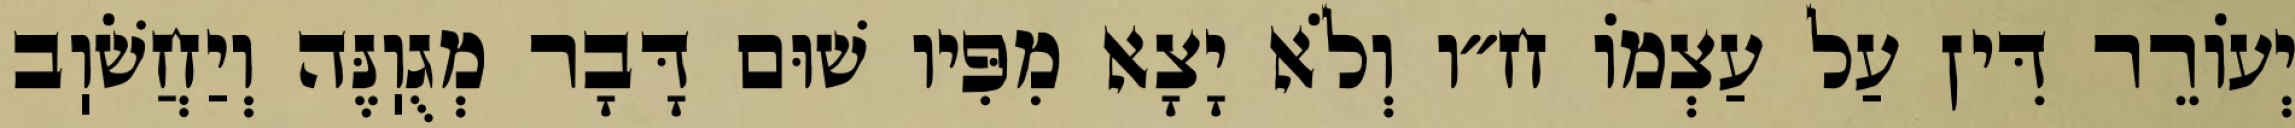
יְעוֹרֵר דִּין עַל עַצְמוֹ ח״ו וְלֹא יָצָא מִפִּיו שׁוּם דָּבָר מְגֻוֽנֶּה וְיַחֲשֹׁוֽב